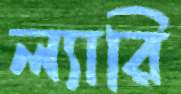
ল্যারি